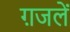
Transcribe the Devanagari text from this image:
ग़जलें